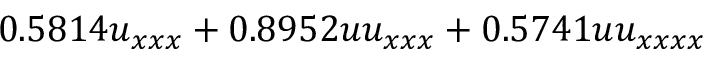
0 . 5 8 1 4 u _ { x x x } + 0 . 8 9 5 2 u u _ { x x x } + 0 . 5 7 4 1 u u _ { x x x x }